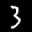
Label: 3